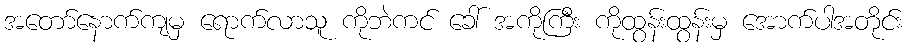
အတော်နောက်ကျမှ ရောက်လာသူ ကိုဘဲကင် ခေါ် အကိုကြီး ကိုထွန်းထွန်းမှ အောက်ပါအတိုင်း